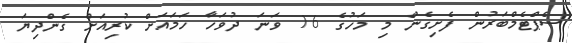
ސެޕްޓެމްބަރުން ފެށިގެން މި މަހުގެ 16 ވަނަ ދުވަހާ ހަމައަށް ކުރިއަށް ގެންދިޔަ